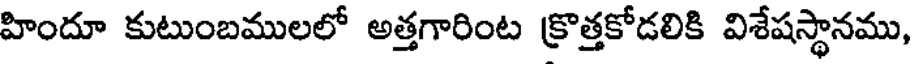
హిందూ కుటుంబములలో అత్తగారింట క్రొత్తకోడలికి విశేషస్థానము,